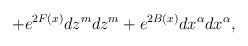
LaTeX: \begin{align*}+e^{2F(x)}dz^{m}dz^{m}+e^{2B(x)}dx^{\alpha}dx^{\alpha}, \end{align*}